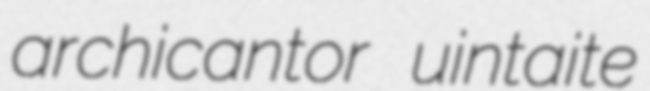
archicantor uintaite